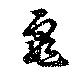
龜